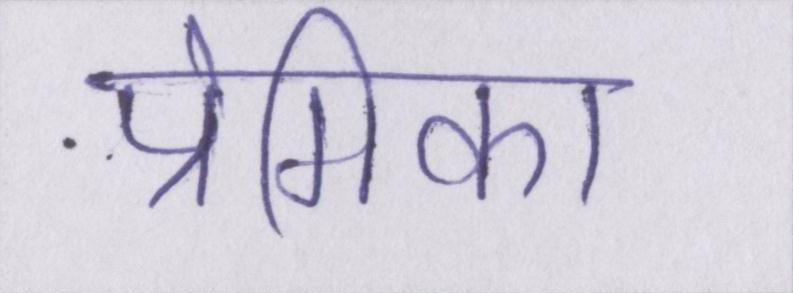
प्रेमिका